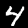
Label: 4